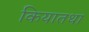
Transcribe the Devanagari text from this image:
कियातथा